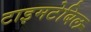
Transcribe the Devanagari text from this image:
टाइमटेबिल